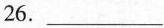
26.___